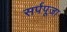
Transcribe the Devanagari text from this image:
सर्पपूजा